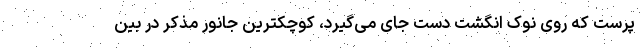
پرست که روی نوک انگشت دست جای می‌گیرد، کوچکترین جانور مذکر در بین